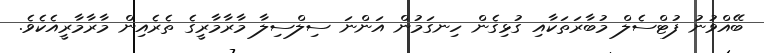
ބޭއްވުނު ފުޓްސެލް މުބާރަތަކާއި ގުޅިގެން ހިނގަމުން އަންނަ ސިލްސިލާ މާރާމާރީގެ ތެރެއިން މާރާމާރީއެކެވެ.